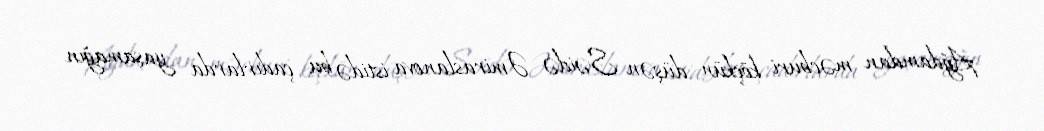
Ağdamdan məcburi köçkün düşən Səidə Əmiraslanova istidə bu çadırlarda yaşamağın